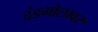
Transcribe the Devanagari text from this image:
दंडगोलावर